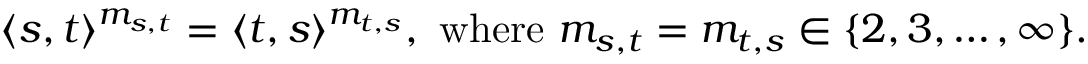
\langle s , t \rangle ^ { m _ { s , t } } = \langle t , s \rangle ^ { m _ { t , s } } , { \mathrm { ~ w h e r e ~ } } m _ { s , t } = m _ { t , s } \in \{ 2 , 3 , \ldots , \infty \} .